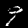
Label: 9